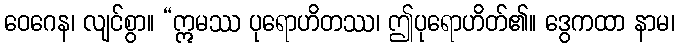
ဝေဂေန၊ လျင်စွာ။ “ဣမဿ ပုရောဟိတဿ၊ ဤပုရောဟိတ်၏။ ဒွေကထာ နာမ၊